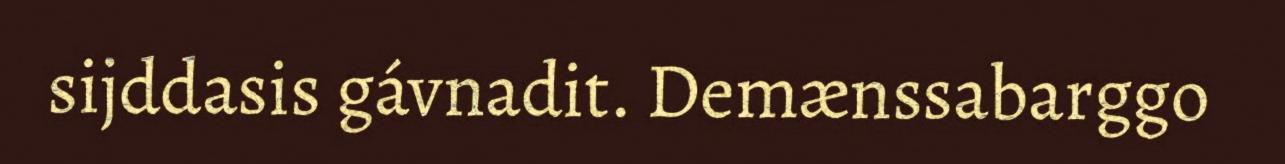
sijddasis gávnadit. Demænssabarggo